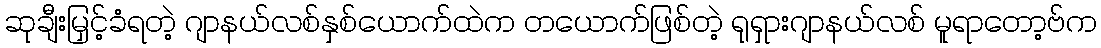
ဆုချီးမြှင့်ခံရတဲ့ ဂျာနယ်လစ်နှစ်ယောက်ထဲက တယောက်ဖြစ်တဲ့ ရုရှားဂျာနယ်လစ် မူရာတော့ဗ်က